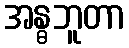
အန္ဓဘူတာ